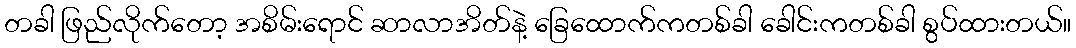
တခါ ဖြည်လိုက်တော့ အစိမ်းရောင် ဆာလာအိတ်နဲ့ ခြေထောက်ကတစ်ခါ ခေါင်းကတစ်ခါ စွပ်ထားတယ်။